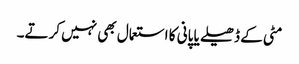
مٹی کے ڈھیلے یا پانی کا استعمال بھی نہیں کرتے۔